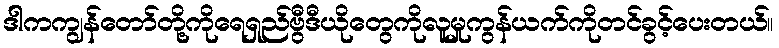
ဒါကကျွန်တော်တို့ကိုရေရှည်ဗွီဒီယိုတွေကိုလူမှုကွန်ယက်ကိုတင်ခွင့်ပေးတယ်။